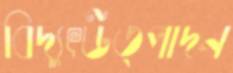
বিদ্যুৎউত্পাদন